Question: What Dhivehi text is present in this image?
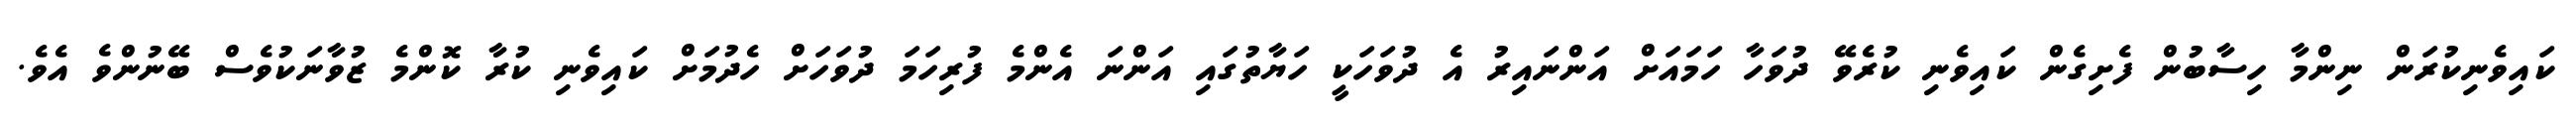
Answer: ކައިވެނިކުރަން ނިންމާ ހިސާބުން ފެށިގެން ކައިވެނި ކުރެވޭ ދުވަހާ ހަމައަށް އަންނައިރު އެ ދުވަހަކީ ހަޔާތުގައި އަންނަ އެންމެ ފުރިހަމަ ދުވަހަށް ހެދުމަށް ކައިވެނި ކުރާ ކޮންމެ ޒުވާނަކުވެސް ބޭނުންވެ އެވެ.